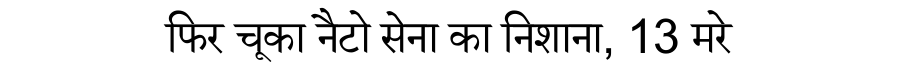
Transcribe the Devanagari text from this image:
फिर चूका नैटो सेना का निशाना, 13 मरे